Lunatic asylums Bombay report 1891-1903 - 1891-1903
Year: 1891
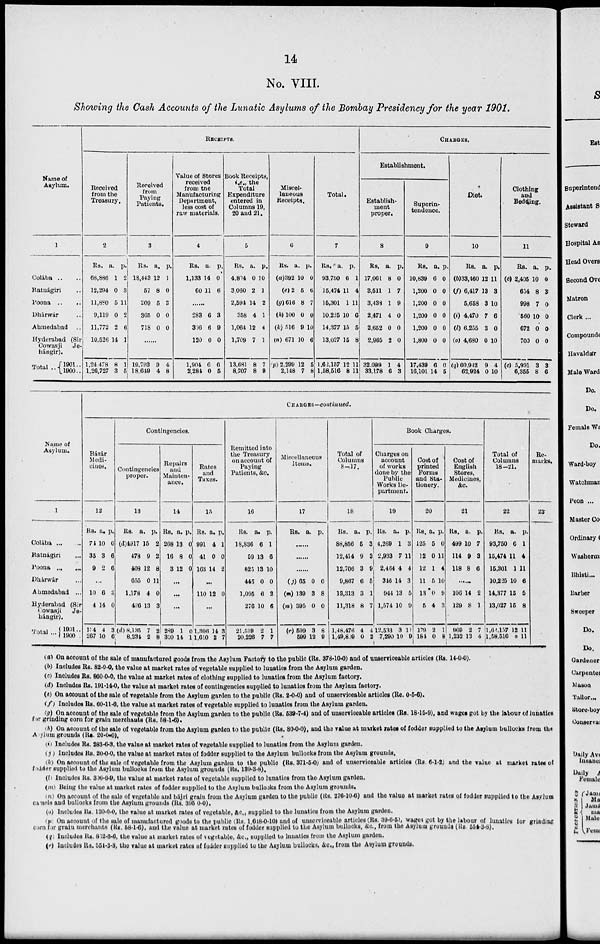
14
No. VIII.
Showing the Cash Accounts of the Lunatic Asylums of the Bombay Presidency for the year 1901.
Name of
Asylum.
1
Colába .. ..
Ratnágiri ..
Poona
.. ..
Dhárwár ..
Ahmedabad ..
Hyderabad (Sir¬
Cowasji Je¬
hángir).
Total ..
1901 ..
1900 ..
RECEIPTS.
Received
from the
Treasury.
2
Rs.
68,886
12,294
11,880
9,119
11,772
10,526
1,24,478
1,26,727
a.
1
0
5
0
2
14
8
3
p.
2
3
11
2
6
1
1
5
Received
from
Paying
Patients.
3
Rs.
18,443
57
209
365
718
a.
12
6
5
0
0
p.
1
0
3
0
0
......
19,793
18,649
9
4
4
8
Value of Stores
received
from the
Manufacturing
Department,
less cost of
raw materials.
4
Rs.
1,133
60
a.
14
11
p.
0
6
......
283
306
120
1,904
2,284
6
6
0
6
0
3
9
0
6
5
Book Receipts,
i.e., the
Total
Expenditure
entered in
Columns 19,
20 and 21.
5
Rs.
4,814
3,060
2,594
358
1,064
1,709
13,681
8,707
a.
0
2
14
4
12
7
8
8
p.
10
1
2
1
4
1
7
9
Miscel-
laneous
Receipts.
6
Rs.
(a)392
(e)2
(g)616
(h) 100
(k) 516
(n) 671
(p) 2,299
2,148
a.
10
5
8
0
9
10
12
7
p.
0
6
7
0
10
6
5
8
Total.
7
Rs.
93,750
15,474
15,301
10,225
14,377
13,027
1,62,157
1,58,516
a.
6
11
1
10
15
15
12
8
p.
1
4
11
6
5
8
11
11
CHARGES.
Establishment.
Establish-
ment
proper.
8
Rs.
17,061
3,511
3,439
2,471
2,652
2,965
32,099
33,178
a.
8
1
1
4
0
2
1
6
p.
0
7
9
0
0
0
4
3
Superin-
tendence.
9
Rs.
10,839
1,200
1,200
1,200
1,200
1,800
17,439
16,101
a.
6
0
0
0
0
0
6
14
p.
0
0
0
0
0
0
0
5
Diet.
10
Rs.
(b)33,460
(f) 6,417
5,658
(i) 4,470
(l) 6,255
(o) 4,680
(q) 60,942
62,924
a.
12
13
3
7
3
0
9
0
p.
11
3
10
6
0
10
4
10
Clothing
and
Bedding.
11
Rs.
(c) 3,405
654
998
560
672
700
(c) 5,991
6,355
a.
10
8
7
10
0
0
3
8
p.
0
3
0
0
0
0
3
6
Name of
Asylum.
1
Colába ... ...
Ratnágiri ...
Poona
...
...
Dhárwár ...
Ahmedabad ...
Hyderabad (Sir
Cowasji
Je¬
hangir).
Total ...
1901 ...
1900
CHARGES —continued.
Bázár
Medi-
cines.
12
Rs.
71
35
9
a.
10
3
2
p.
0
6
6
...
10
4
124
207
6
14
4
10
3
0
3 (d)
6
Contingencies.
Contingencies
proper.
13
Rs.
(d)4917
478
408
655
1,178
486
(d) 8135
8,234
a.
15
9
12
0
4
13
7
2
p.
2
2
8
11
0
3
2
8
Repairs
and
Mainten-
ance.
14
Rs.
268
16
3
a.
13
8
12
p.
0
0
0
...
...
289
310
1
14
0
1
Rates
and
Taxes.
15
Rs.
991
41
163
a.
4
0
L4
p.
1
0
2
...
110 12 0
1,306
1,610
14
2
3
7
Remitted into
the Treasury
on account of
Paying
Patients, &c.
16
Rs.
18,836
59
82)
445
1,095
276
21,539
20,226
a.
6
13
13
0
6
10
2
7
p.
1
6
10
0
2
6
1
7
Miscellaneous
Items.
17
Rs.
a.
p.
......
......
......
(j) 65
(m) 139
(m) 395
(r) 599
599
0
3
0
3
12
0
8
0
8
9
Total of
Columns
8—17.
18
Rs.
88,856
12,414
12,706
9,867
13,313
11,318
1,48,476
1,49,809
a.
5
9
3
6
3
8
4
0
p.
3
3
9
5
1
7
4
2
Book Charges.
Charges on
account
of works
done by the
Public
Works De-
partment.
19
Rs.
4,269
2,933
2,464
346
944
1,574
12,533
7,290
a.
1
7
4
14
13
10
3
10
p.
3
11
4
3
5
9
11
9
Cost of
printed
Forms
and Sta-
tionery.
20
Rs.
125
12
12
11
13
5
179
184
a.
5
0
1
5
0
4
2
0
p.
0
11
4
10
9
3
1
8
Cost of
English
Stores,
Medicines,
&c.
21
Rs.
499
114
118
a.
10
9
8
p.
7
3
6
......
106
129
969
1,232
14
8
2
13
2
1
7
4
Total of
Columns
18—21.
22
Rs.
93,750
15,474
15,301
10,225
14,377
13,027
1,62,157
1, 58,516
a.
6
11
1
10
15
15
12
8
p.
1
4
11
6
5
8
11
11
Re-
marks.
23
(a) On account of the sale of manufactured goods from the Asylum Factory to the public (Rs. 378-10-0) and of unserviceable articles (Rs. 14-0-0).
(b) Includes Rs. 82-0-0, the value at market rates of vegetable supplied to lunatics from the Asylum garden.
(c) Includes Rs. 960-0-0, the value at market rates of clothing supplied to lunatics from the Asylum factory.
(d) Includes Rs. 191-14-0, the value at market rates of contingencies supplied to lunatics from the Asylum factory.
(e) On account of the sale of vegetable from the Asylum garden to the public (Rs. 2-0-0) and of unserviceable articles (Re. 0-5-6).
(f) Includes Rs. 60-11-6, the value at market rates of vegetable supplied to lunatics from the Asylum garden.
(g) On account of the sale of vegetable from the Asylum garden to the public (Rs. 539-7-4) and of unserviceable articles (Rs. 18-15-9), and wages got by the labour of lunatics
for grinding corn for grain merchants (Rs. 58-1-6).
(h) On account of the sale of vegetable from the Asylum garden to the public (Rs. 80-0-0), and the value at market rates of fodder supplied to the Asylum bullocks from the
Asylum grounds (Rs. 20-0-0).
(i) Includes Rs. 283-6-3, the value at market rates of vegetable supplied to lunatics from the Asylum garden.
(j) Includes Rs. 20-0-0, the value at market rates of fodder supplied to the Asylum bullocks from the Asylum grounds.
(k) On account of the sale of vegetable from the Asylum garden to the public (Rs. 371-5-0) and of unserviceable articles (Rs. 6-1-2) and the value at market rates of
fodder supplied to the Asylum bullocks from the Asylum grounds (Rs. 189-3-8).
(l) Includes Rs. 306-0-9, the value at market rates of vegetable supplied to lunatics from the Asylum garden.
(m) Being the value at market rates of fodder supplied to the Asylum bullocks from the Asylum grounds.
(n) On account of the sale of vegetable and bájri grain from the Asylum garden to the public (Rs. 270-10-6) and the value at market rates of fodder supplied to the Asylum
camels and bullocks from the Asylum grounds (Rs. 395 0-0).
(o) Includes Rs. 120-0-0, the value at market rates of vegetable, &c., supplied to the lunatics from the Asylum garden.
(p) On account of the sale of manufactured goods to the public (Rs. 1,018-0-10) and of unserviceable articles (Rs. 39-6-5), wages got by the labour of lunatics for grinding
corn for grain merchants (Rs. 58-1-6), and the value at market rates of fodder supplied to the Asylum bullocks, &c., from the Asylum grounds (Rs. 554-3-8).
(q) Includes Rs. 852-3-6, the value at market rates of vegetable, &c., supplied to lunatics from the Asylum garden.
(r) Includes Rs. 554-3-8, the value at market rates of fodder supplied to the Asylum bullocks, &c., from the Asylum grounds.